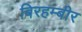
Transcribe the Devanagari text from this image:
बिरहम्बीर